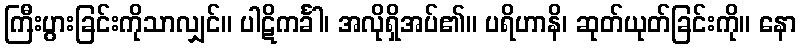
ကြီးပွားခြင်းကိုသာလျှင်။ ပါဋိကင်္ခါ၊ အလိုရှိအပ်၏။ ပရိဟာနိ၊ ဆုတ်ယုတ်ခြင်းကို။ နော